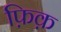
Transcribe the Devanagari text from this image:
फ़िक़